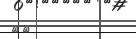
١٠